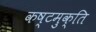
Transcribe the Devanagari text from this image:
कष्टमुक्ति